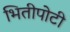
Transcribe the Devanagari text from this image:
भितीपोटी